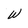
Character: W